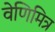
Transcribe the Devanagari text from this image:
वेणिमित्र